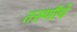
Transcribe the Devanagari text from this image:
तरुणीचे